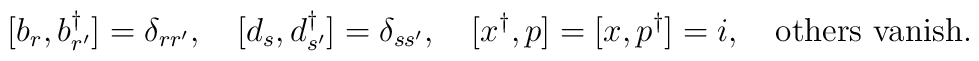
[ b_r ,b^{\dagger}_{r^\prime} ]=\delta_{r r^\prime} ,~~~ [ d_s ,d^{\dagger}_{s^\prime} ]=\delta_{s s^\prime} ,~~~ [x^{\dagger} ,p]=[x,p^{\dagger} ]=i,~~~ \mbox{others vanish}.